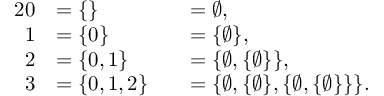
{ \begin{array} { r l r l } { { 2 } 0 } & { = \{ \} } & & { = \varnothing , } \\ { 1 } & { = \{ 0 \} } & & { = \{ \varnothing \} , } \\ { 2 } & { = \{ 0 , 1 \} } & & { = \{ \varnothing , \{ \varnothing \} \} , } \\ { 3 } & { = \{ 0 , 1 , 2 \} } & & { = \{ \varnothing , \{ \varnothing \} , \{ \varnothing , \{ \varnothing \} \} \} . } \end{array} }